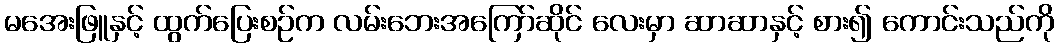
မအေးဖြူနှင့် ထွက်ပြေးစဉ်က လမ်းဘေးအကြော်ဆိုင် လေးမှာ ဆာဆာနှင့် စား၍ ကောင်းသည်ကို